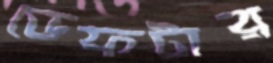
ডেফটার